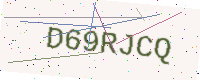
Text: D69RJCQ